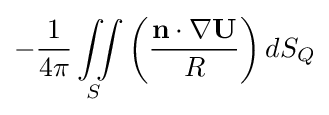
-{\frac {1}{4\pi }}\iint \limits _{S}\left({\frac {\mathbf {n} \cdot \nabla \mathbf {U} }{R}}\right)dS_{Q}